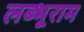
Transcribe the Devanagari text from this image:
लब्भूराम